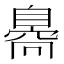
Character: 𦤝